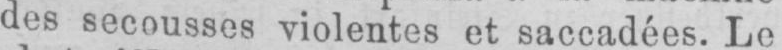
des secousses violentes et saccadées. Le